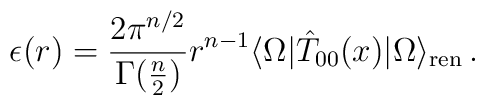
\epsilon(r) = \frac{2\pi^{n/2}}{\Gamma(\frac{n}{2})} r^{n-1}\langle\Omega|\hat{T}_{00}(x)|\Omega\rangle_{\rm ren} \,.